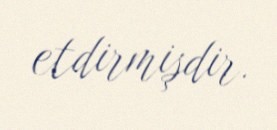
etdirmişdir.